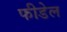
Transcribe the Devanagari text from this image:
फीडेल